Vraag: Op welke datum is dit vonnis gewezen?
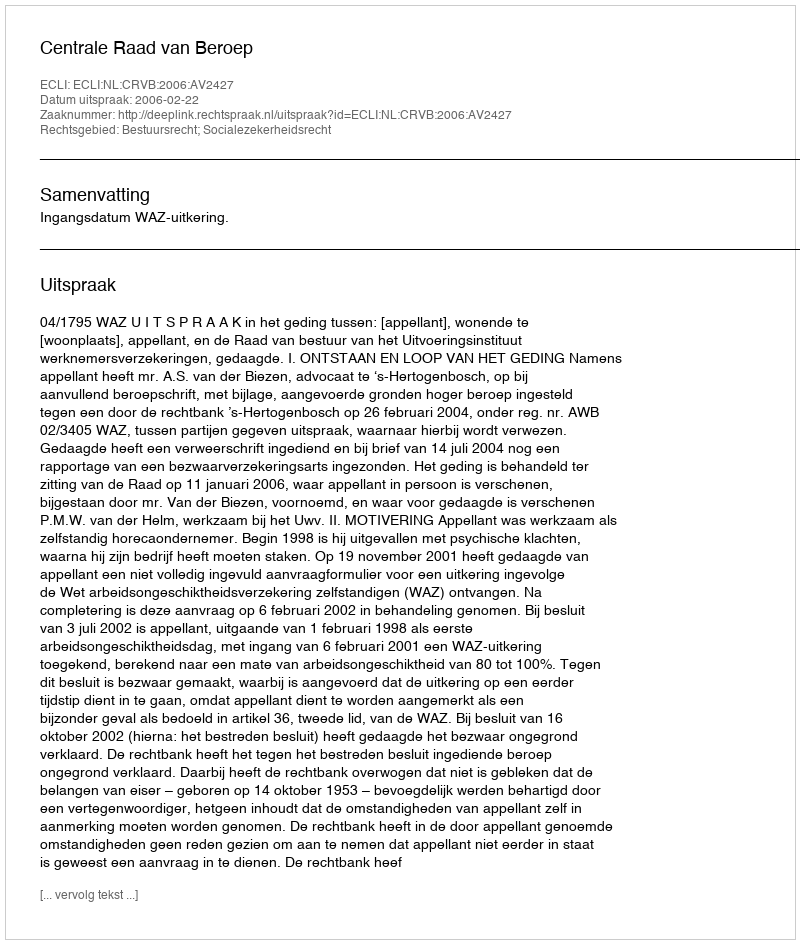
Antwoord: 2006-02-22